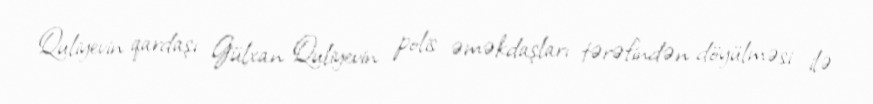
Quliyevin qardaşı Gülxan Quliyevin polis əməkdaşları tərəfindən döyülməsi ilə